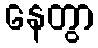
နေတွာ